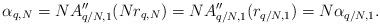
LaTeX: \begin{align*}\alpha_{q,N}=N A_{q/N,1}''(Nr_{q,N})=N A_{q/N,1}''(r_{q/N,1})=N\alpha_{q/N,1}.\end{align*}